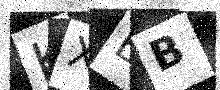
Text: KXBB